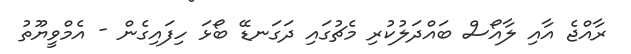
ރާއްޖެ އާއި ލާއޯސް ބައްދަލުކުރި މެޗުގައި ދަގަނޑޭ ބޯޅަ ހިފައިގެން - އެމްވީޔޫތު